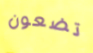
تضعون